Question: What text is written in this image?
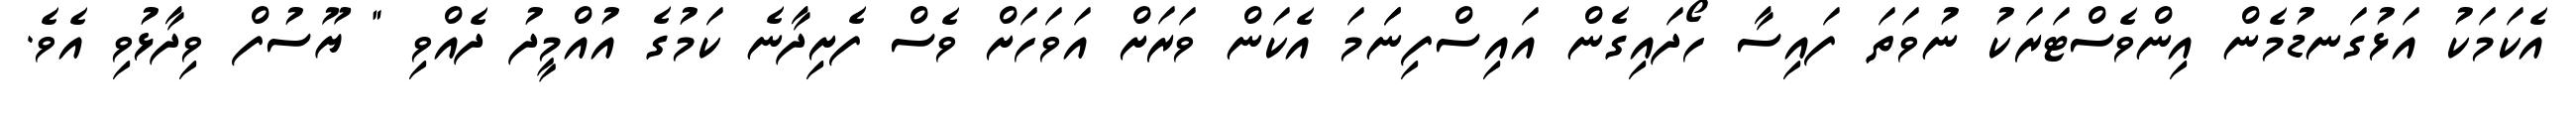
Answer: އެކަމަކު އަޅުގަނޑުމެން އިންވެސްޓަރަކު ނުވަތަ ފައިސާ ހޯދައިގެން އައިސްފިނަަމަ އެކަން ވަރަށް އަވަހަށް ވެސް ފެށިދާނެ ކަމުގެ އުއްމީދު ދެއްވި " ޔޫސުފް ވިދާޅުވި އެވެ.